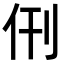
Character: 𬽰